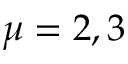
\mu = 2 , 3